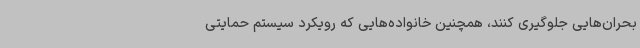
بحران‌هایی جلوگیری کنند، همچنین خانواده‌هایی که رویکرد سیستم حمایتی